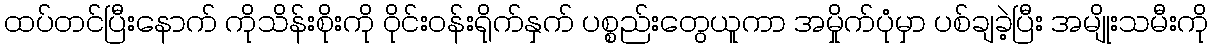
ထပ်တင်ပြီးနောက် ကိုသိန်းစိုးကို ဝိုင်းဝန်းရိုက်နှက် ပစ္စည်းတွေယူကာ အမှိုက်ပုံမှာ ပစ်ချခဲ့ပြီး အမျိုးသမီးကို